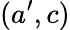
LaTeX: (a^{\prime},c)